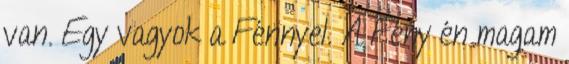
van. Egy vagyok a Fénnyel. A Fény én magam